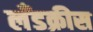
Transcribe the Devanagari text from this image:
लँडक्रीस